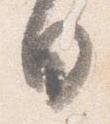
日